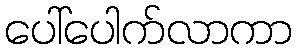
ပေါ်ပေါက်လာကာ